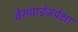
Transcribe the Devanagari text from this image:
बेसप्राईजपेक्षा